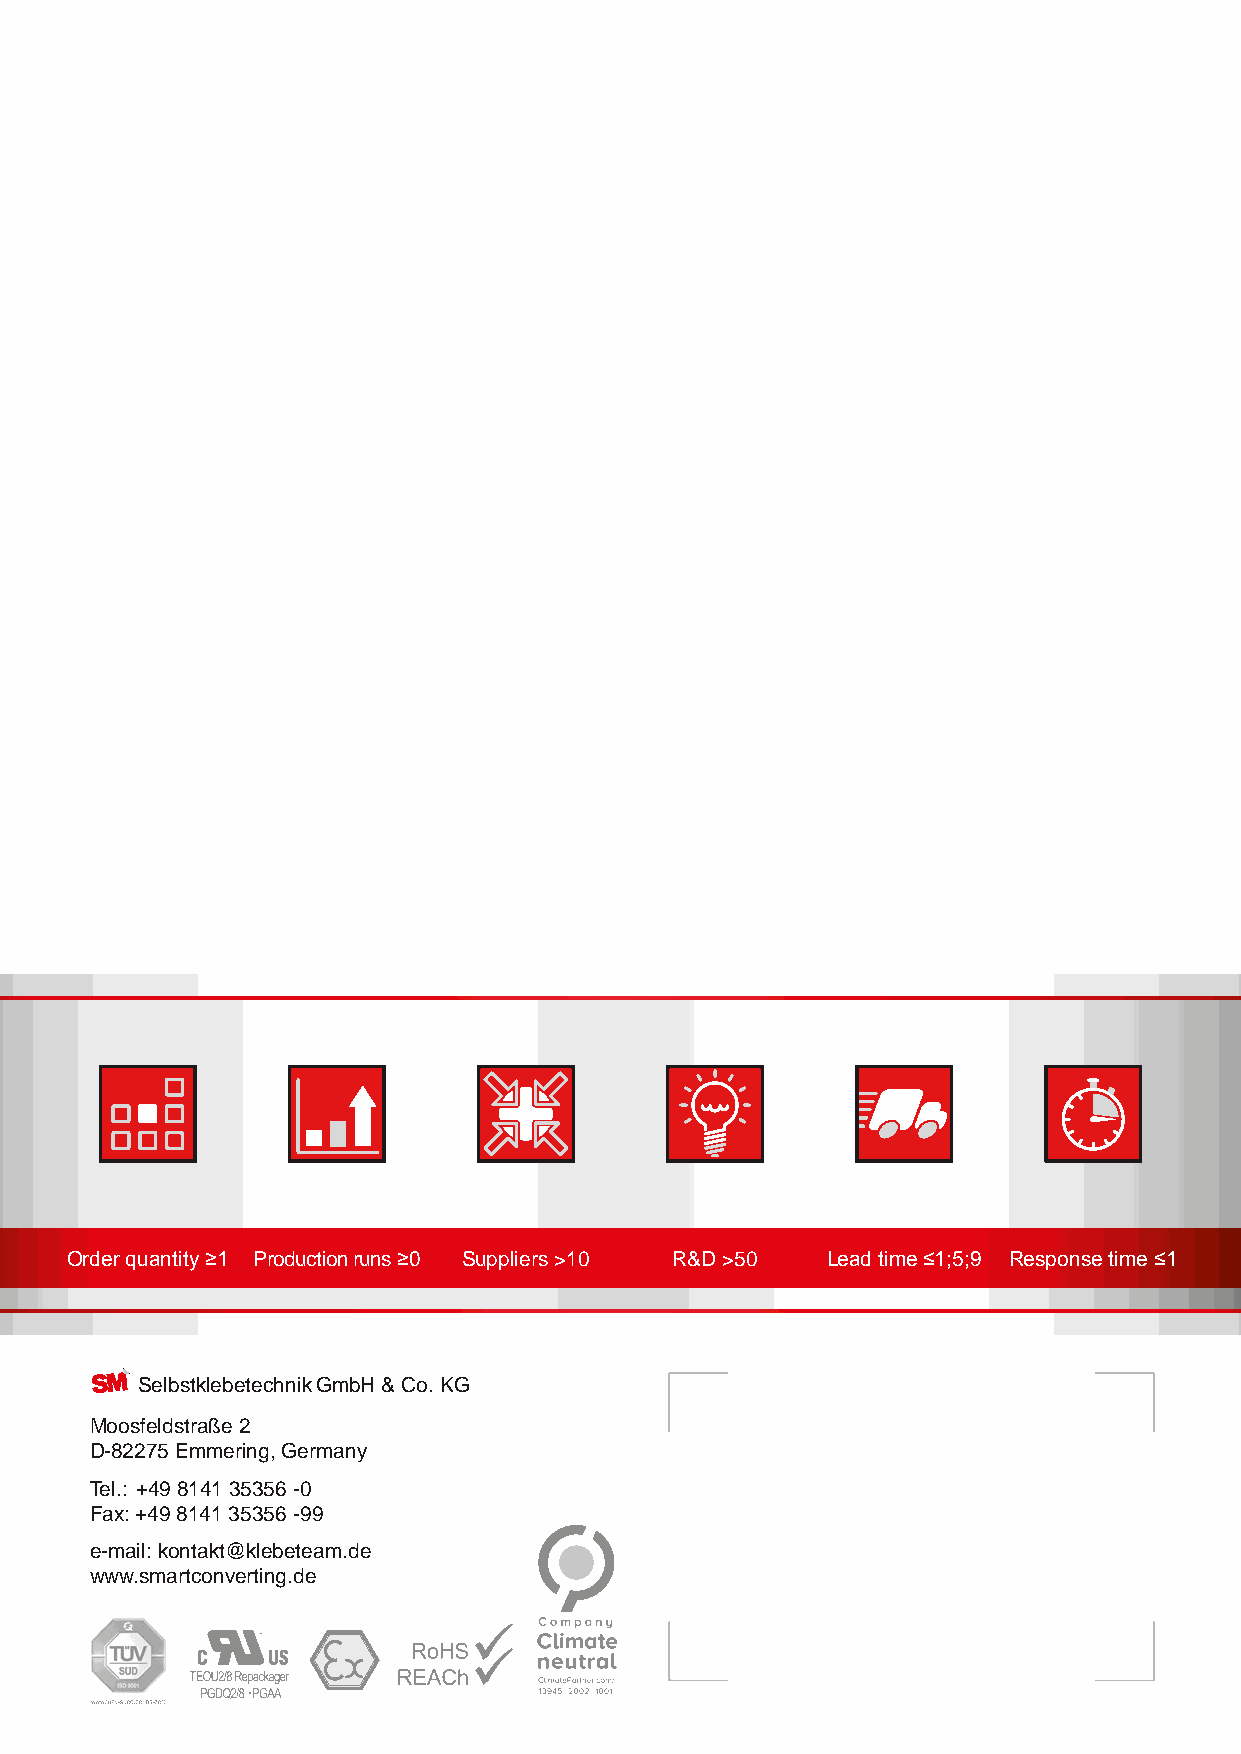
Order quantity ≥1 Production runs ≥0 Suppliers >10 R&D >50 Lead time ≤1;5;9 Response time ≤1
 Selbstklebetechnik GmbH & Co. KG
 Moosfeldstraße 2
 D-82275 Emmering, Germany
 Tel.: +49 8141 35356 -0
 Fax: +49 8141 35356 -99
 e-mail: kontakt@klebeteam.de
 www.smartconverting.de